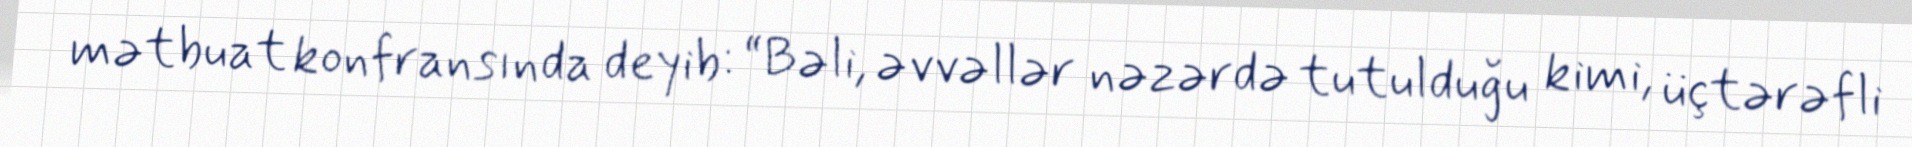
mətbuat konfransında deyib: “Bəli, əvvəllər nəzərdə tutulduğu kimi, üçtərəfli